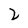
Character: 2